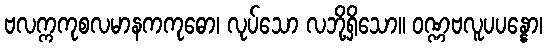
ဗလက္ကကုစလမာနကကုဓော၊ လုပ်သော လဘို့ရှိသော။ ဝဏ္ဏဗလူပပန္နော၊